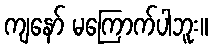
ကျနော် မကြောက်ပါဘူး။